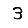
Digit: 3